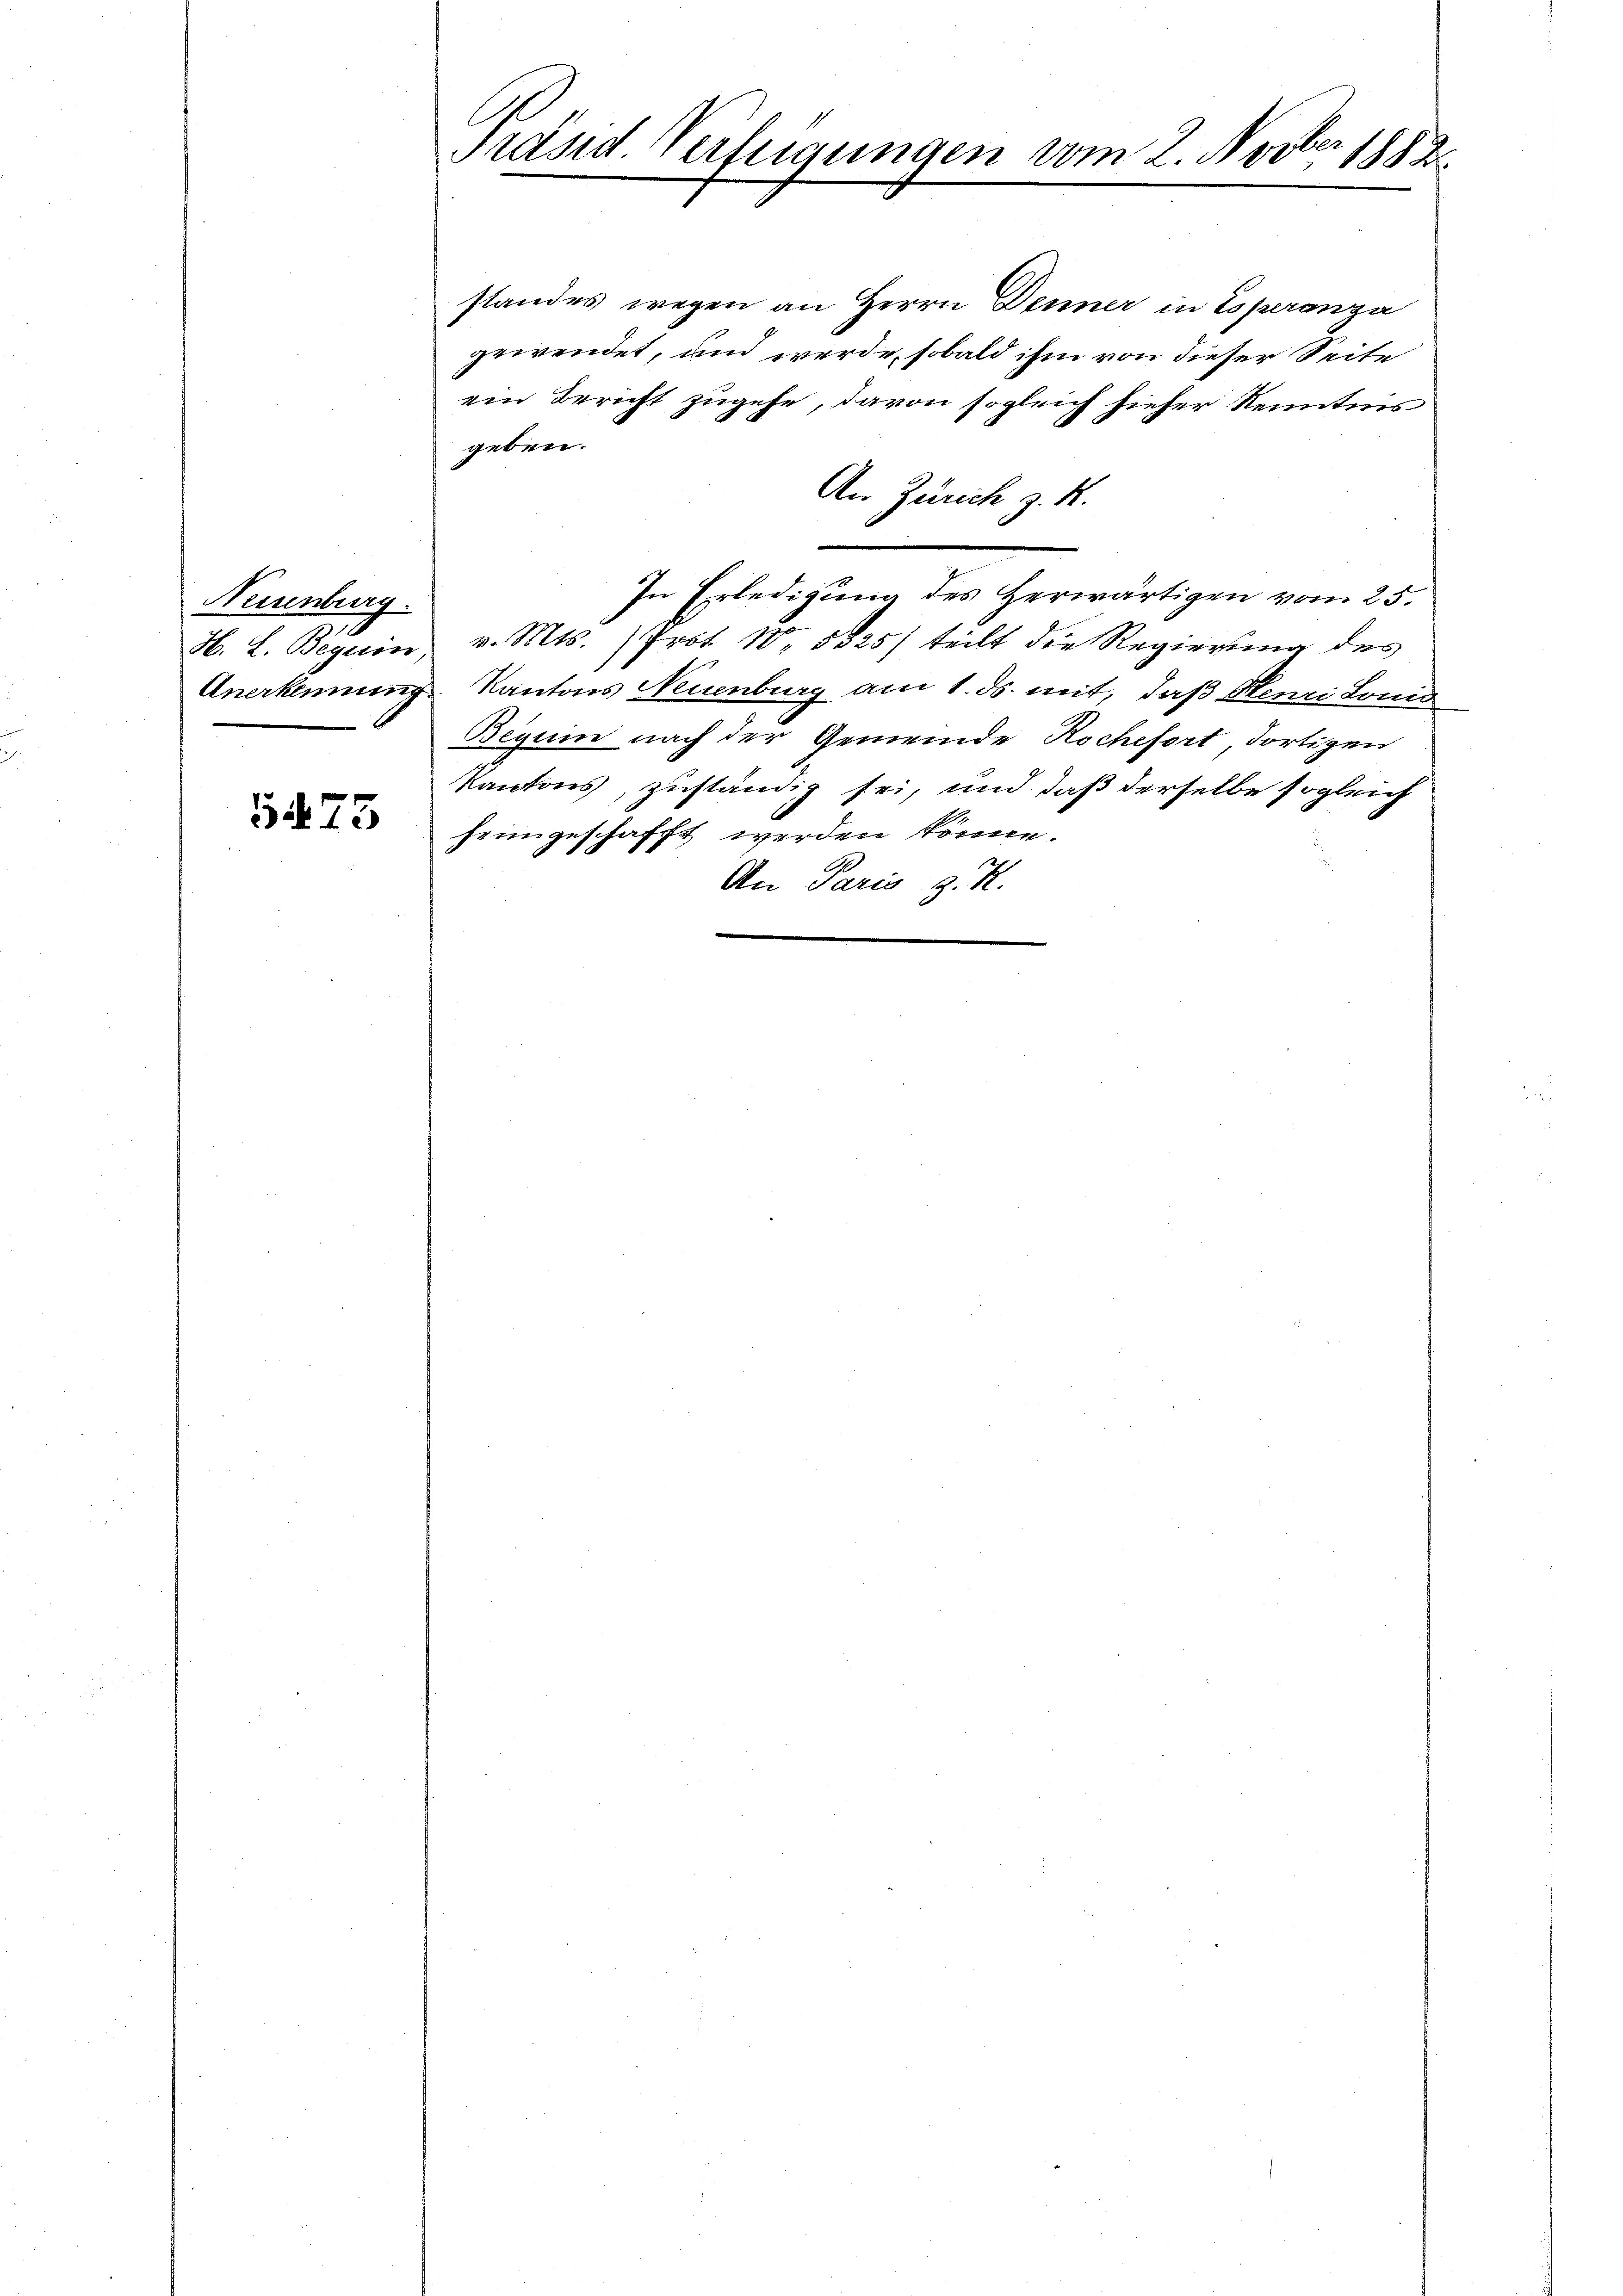
Neuenburg.
H. L. Begerin,

5475

E
B
Präsid. Verfügungen vom 2. Nov. 1882

standes wegen an Herrn Denner in Toperanza
gewendet, und werde, sobald ihm von dieser Seite
ein Bericht zugehe, davon sogleich hieher Kenntnis
geben.
An Zürich z. K.
In Erledigung des Herwärtigen vom 25.
v. Mts. ) Prot. 18. 5825) teilt die Regierung des
Anerkennung Kantons Neuenburg am 1. ds. mit, daß Henri Lonio
Beguin nach der Gemeinde Rochefort, dortigen
Kantons, zuständig sei, und daß derselbe sogleich
heimgeschafft werden könne.
An Paris z. K.
e